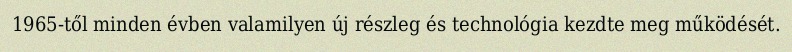
1965-től minden évben valamilyen új részleg és technológia kezdte meg működését.